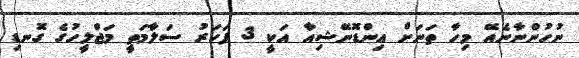
ނުހުންނާނެއޭ މިހާ ތަނަށް އިންޑޮނޭޝިއާ އަކީ 3 ފަހަރު ސަލާމަތީ މަޖްލީހުގެ ގޮނޑި